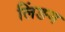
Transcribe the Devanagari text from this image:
लिंङग